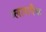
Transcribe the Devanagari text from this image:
ग्लासपैक